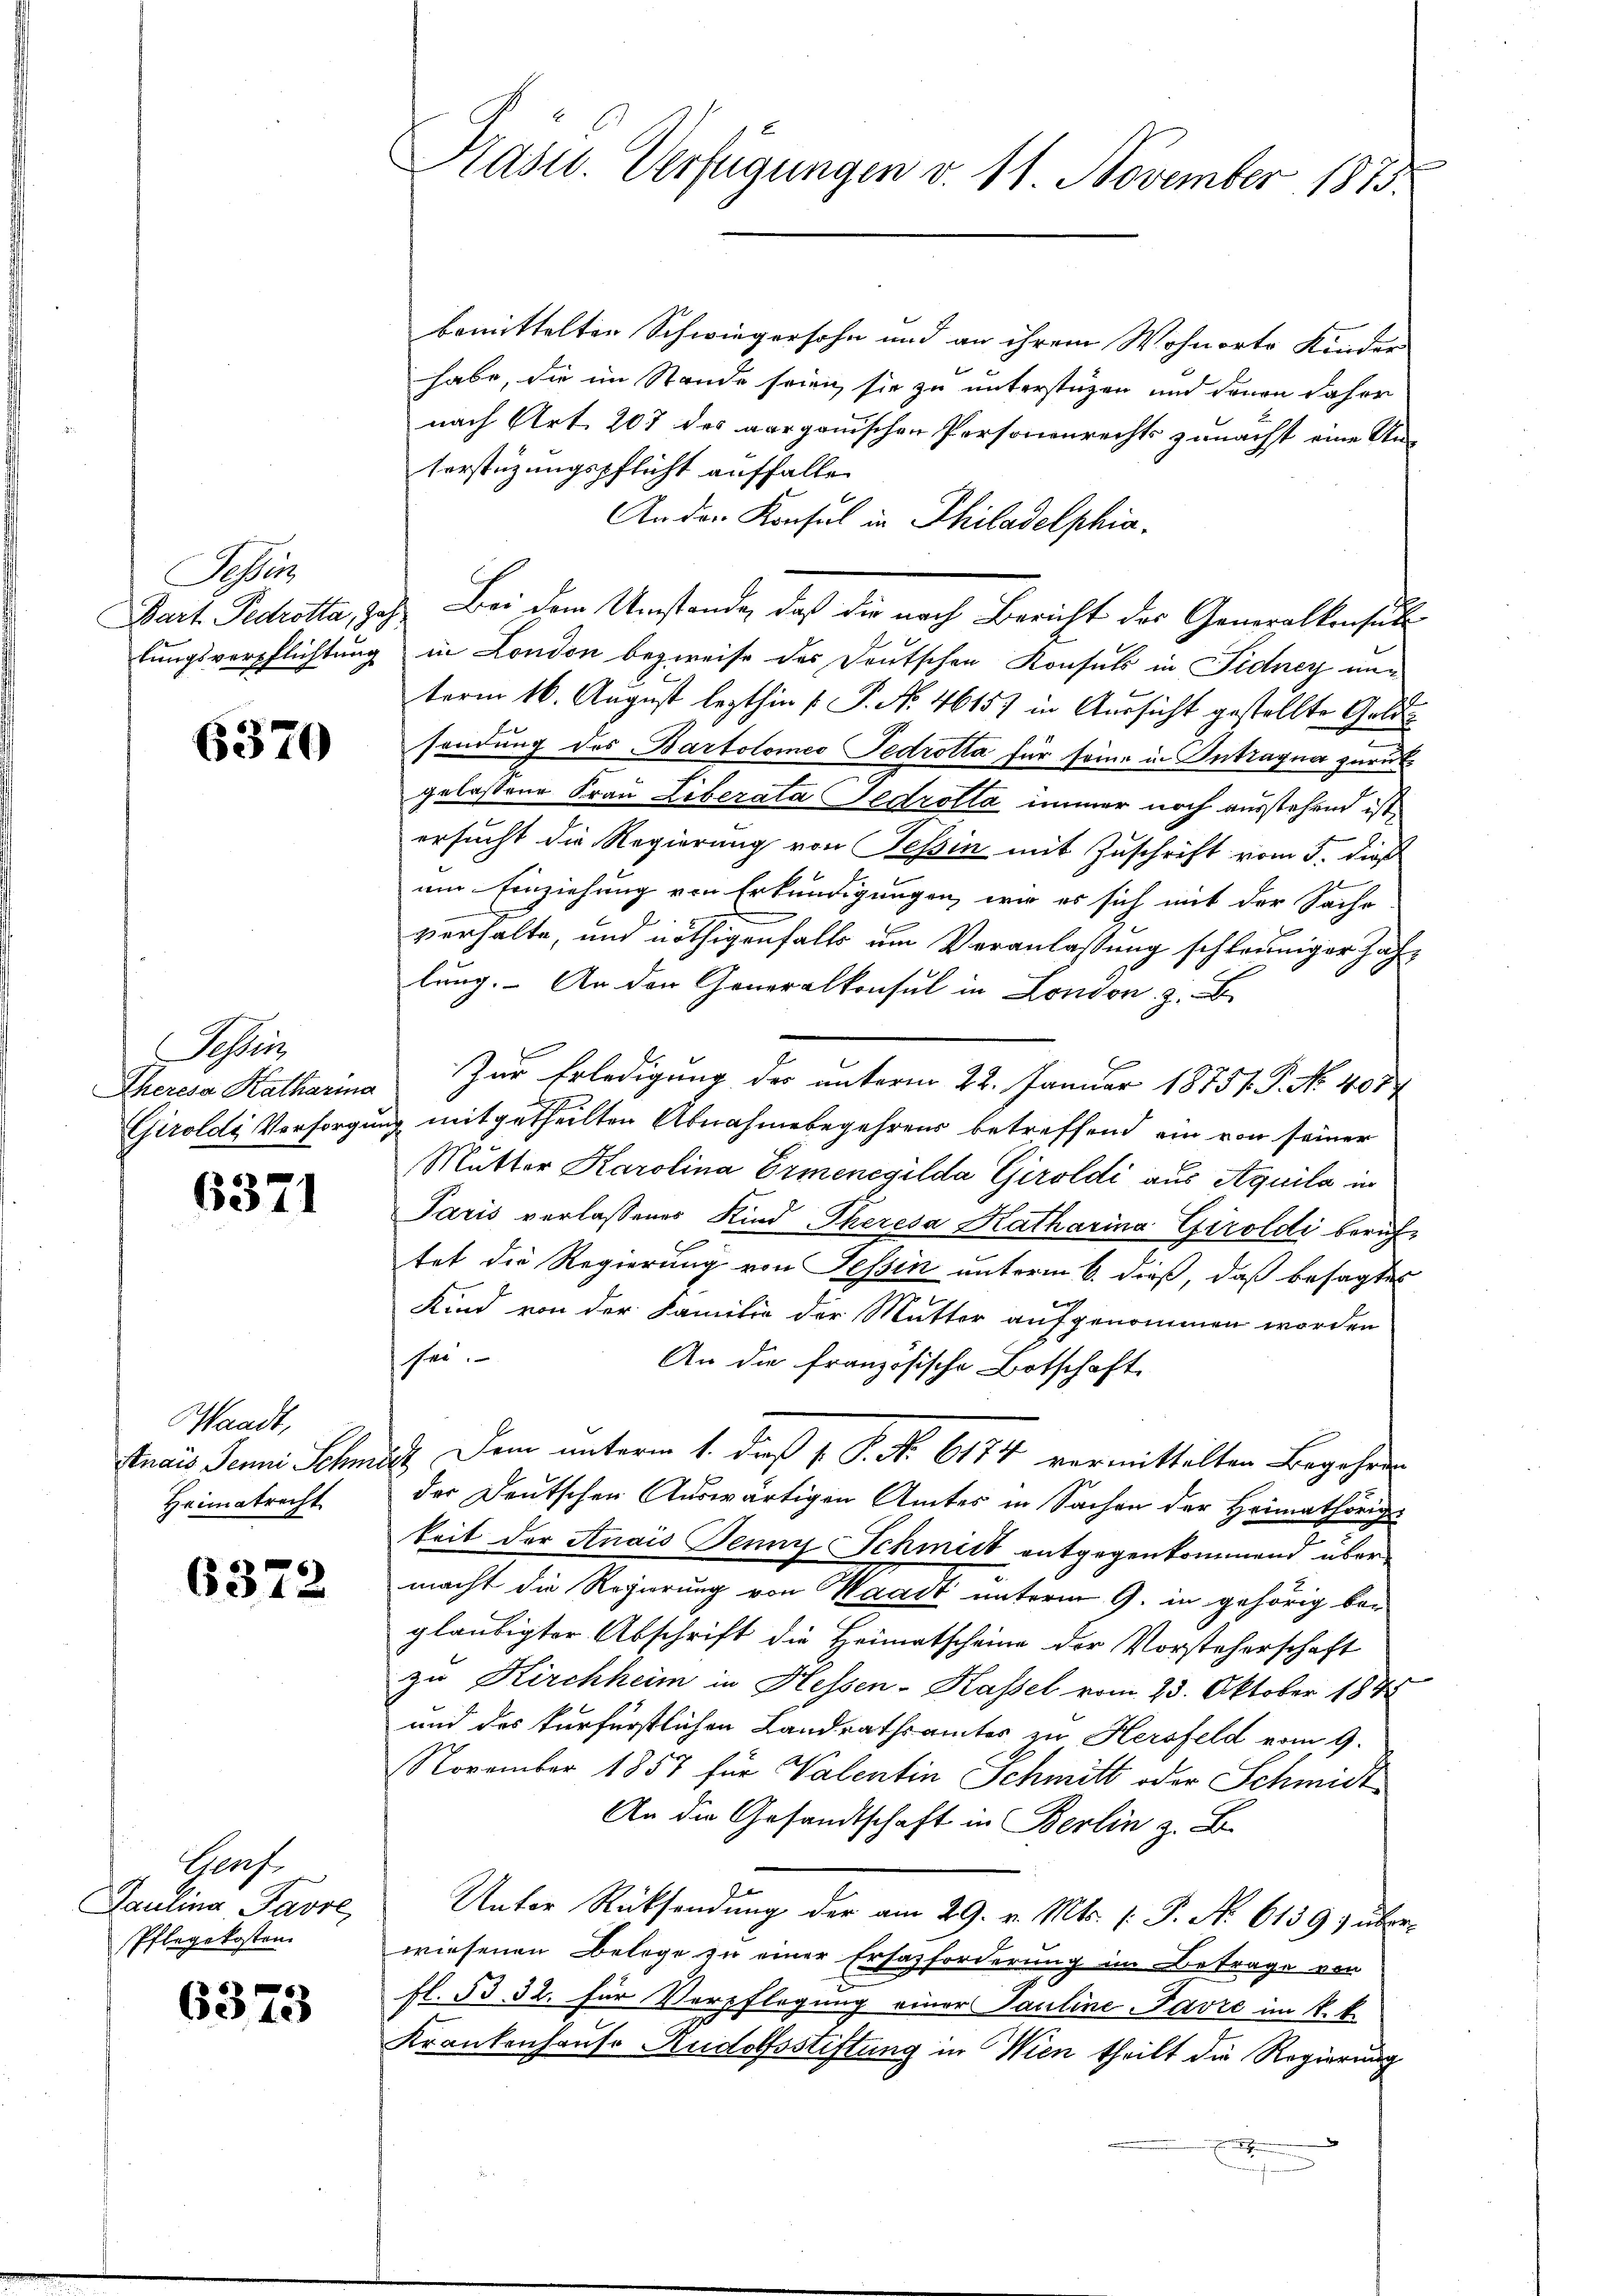
Ser
Bart. Pedrotta, Ja

6370

Seer
Theresa Katharina

6371

Waadt,
stnais Jenni Schm
Heimatrecht

6372

Chef.
Paulina Parol,
Pflegekosten.

6373

Präsid. Verfügungen v. 11. November 1873.

bemittelten Schwiegersohn und an ihrem Wohnorte Kinder
habe, die im Stande seien sie zu unterstützen und denen daher
nach Art. 207 des aarganischen Personenrechts zunächst eine Un-
terstüzungspflicht auffalle
An der Konsul in Philadelphia
Bei dem Umstände, daß die nach Bericht des Generalkonsul
tungsverpflichtung in London bezweife des Deutschen Konsuls in Fidney un
term 16. August lezthin  P. Nr. 4615) in Aussicht gestellte Gelde
sendung des Bartolomeo Fedrotta für seine in Intragna zurückgelassene Frau Liberata Fedrolla immer noch ausstehend ist,
ersucht die Regierung von Tessin mit Zuschrift vom 5. dieß
um Einziehung von Erkundigungen, wie es sich mit der Sache-
verhalte, und nöthigenfalls um Veranlassung schleuniger Jahlung. An der Generalkonsul in London z. B
Zur Erledigung des unterm 22. Januar 18751. P. No. 4077
Girolds Versorgung mitgetheilten Abnahmebegehrens betreffend ein von seiner
Mutter Karolina Ermenegilda Giroldi aus Aquila in
Paris verlassenes Kind Theresa Katharina Giroldi beruf-
tet die Regierung von Tessin unterm 6. dieß, daß besagtes
Kind von der Familie der Mutter aufgenommen worden
sei.
An die französische Botschaft
a. Dem unterm 1. dieß v. P. No. 6174 vermittelten Begehren
der Deutschen Auswärtigen Amtes in Sachen der Heimathörige
keit der Anais Jenny Schmidt entgegenkommend übermacht die Regierung von Waadt unterm 9. in gehörig bei
gläubigter Abschrift die Heimatscheine der Vorsteherschaft
zu Kirchheim in Hessen-Kassel vom 23. Oktober 1848
und des kurfürstlichen Landrathsamter zu Hersfeld vom 9.
November 1857 für Valentin Schmitt oder Schmidt
An die Gesandtschaft in Berlin z. B.
Unter Rücksendung der am 29. v. Mts. f. J. A. 6139) überwiesenen Belege zu einer Ersazforderung im Betrage von
fl. 53 32. für Verpflegung einer Pauline Favre im k. k.
Krankenhause Rudolfsstiftung in Wien theilt die Regierung